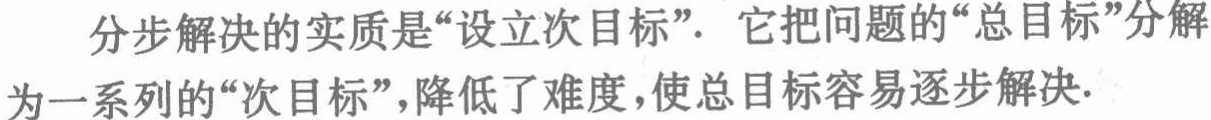
分步解决的实质是“设立次目标”. 它把问题的“总目标”分解为一系列的“次目标”，降低了难度，使总目标容易逐步解决.